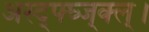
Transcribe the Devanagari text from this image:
अस्द्फ्घ्ज्क्ल्।